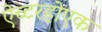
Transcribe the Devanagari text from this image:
ऐच्टरहोएक